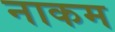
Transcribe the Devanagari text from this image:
नाकम